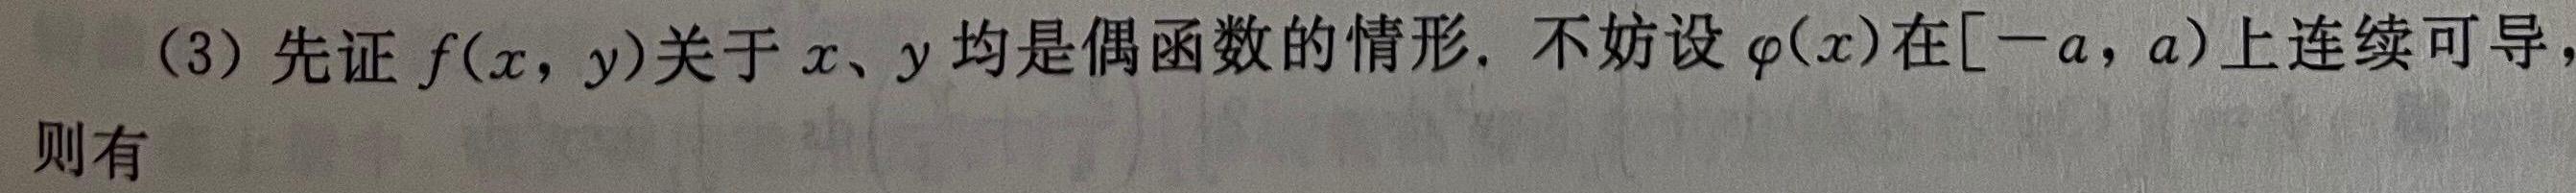
(3) 先证 $f(x,y)$ 关于 $x$、$y$ 均是偶函数的情形. 不妨设 $\varphi(x)$ 在 $[-a,a)$ 上连续可导，则有